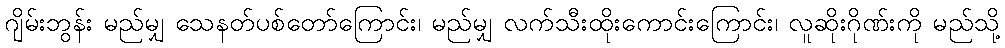
ဂျိမ်းဘွန်း မည်မျှ သေနတ်ပစ်တော်ကြောင်း၊ မည်မျှ လက်သီးထိုးကောင်းကြောင်း၊ လူဆိုးဂိုဏ်းကို မည်သို့